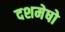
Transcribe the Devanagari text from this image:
दशमेषो